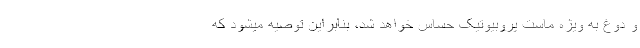
و دوغ به ویژه ماست پروبیوتیک حساس خواهد شد، بنابراین توصیه میشود که